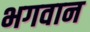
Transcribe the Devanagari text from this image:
भगवान